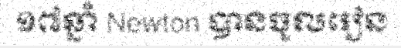
១៧ឆ្នាំ Newton បានចូលរៀន